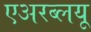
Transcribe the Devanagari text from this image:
एअरब्लयू